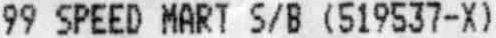
99 SPEED MART S/B (519537-X)